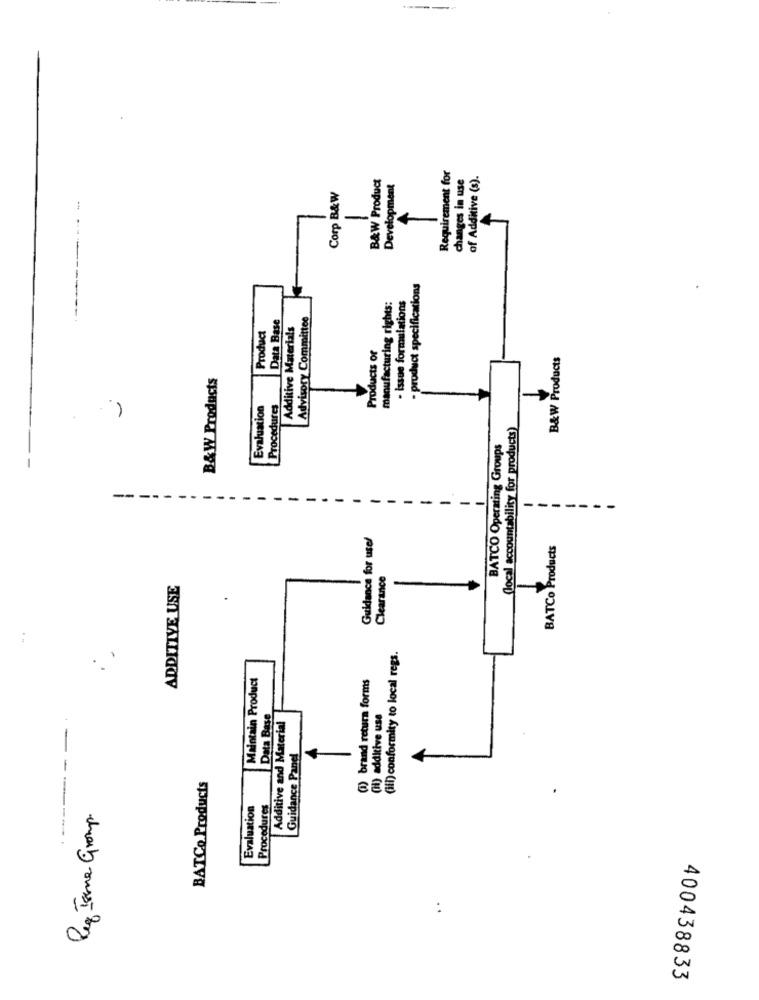
B&W Product
Requirement for
changes in use
of Additive (s).
Development
Corp B&W
- product specifications
manufacturing rights:
. issue formulations
Data Base
Additive Materials
Advisory Committ
Product
Products or
B&W Products
B&W Products
Evaluation
Procedures
(local accountability for products
BATCO Operating Groups
----
-
-
----
Guidance for use!
BATCo Products
Clearance
ADDITIVE USE
-
(iii) conformity to local regs.
Maintain Product
(1) brand retura forms
dditive use
Data Base
Additive and Material
Guidance Panel
BATCo Products
Evaluation
Procedures
Rez Ione Group.
400438833